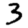
Digit: 3